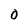
Character: 0